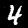
Label: 4